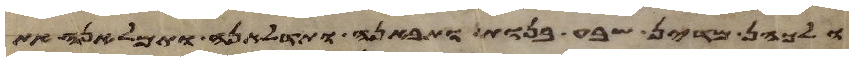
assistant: ולכהן מדין שבע בנות ותבאנה ותדלאנה ותמלאנה את